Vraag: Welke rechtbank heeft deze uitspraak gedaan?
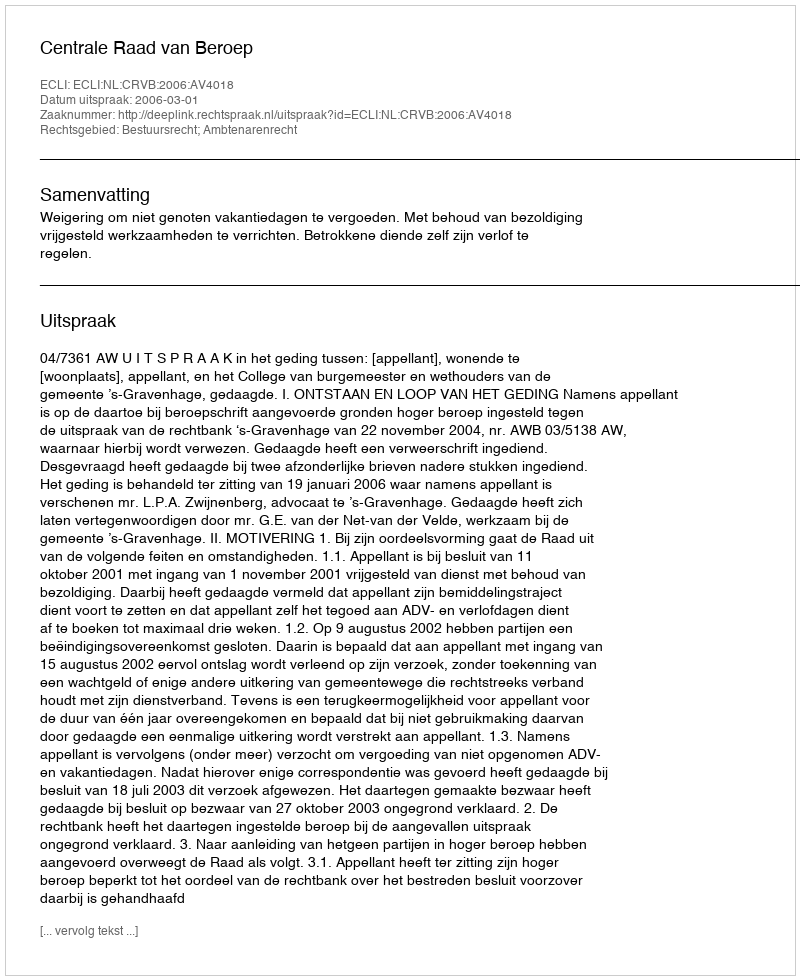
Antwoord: Centrale Raad van Beroep